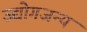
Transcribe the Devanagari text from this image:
उद्योगजन्य